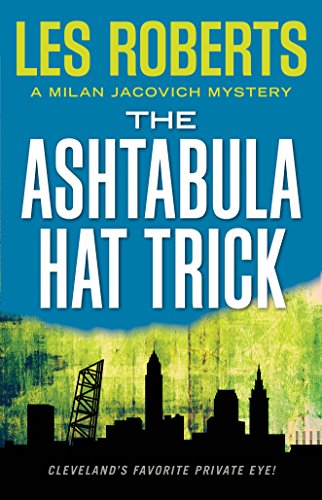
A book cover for The Ashtabula Hat Trick: A Milan Jacovich Mystery (Milan Jacovich Mysteries); Les Roberts; Mystery, Thriller & Suspense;